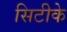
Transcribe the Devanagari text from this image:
सिटीके